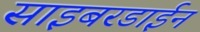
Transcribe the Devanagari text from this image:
साइबरडाईन